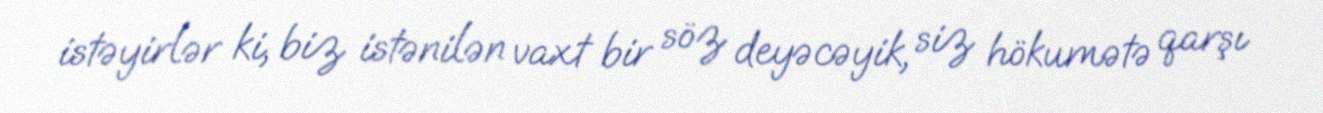
istəyirlər ki, biz istənilən vaxt bir söz deyəcəyik, siz hökumətə qarşı